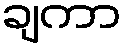
ချကာ